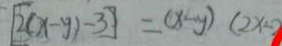
[ 2 ( x - y ) - 3 ] = ( x - y ) ( 2 x - 2 )